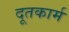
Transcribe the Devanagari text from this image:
दूतकार्म